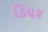
ડિયર